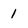
Character: 1